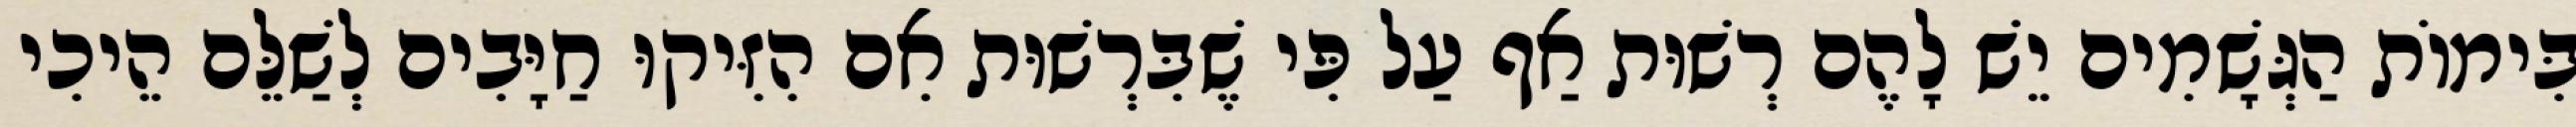
בִּימוֹת הַגְּשָׁמִים יֵשׁ לָהֶם רְשׁוּת אַף עַל פִּי שֶׁבִּרְשׁוּת אִם הִזִּיקוּ חַיָּבִים לְשַׁלֵּם הֵיכִי